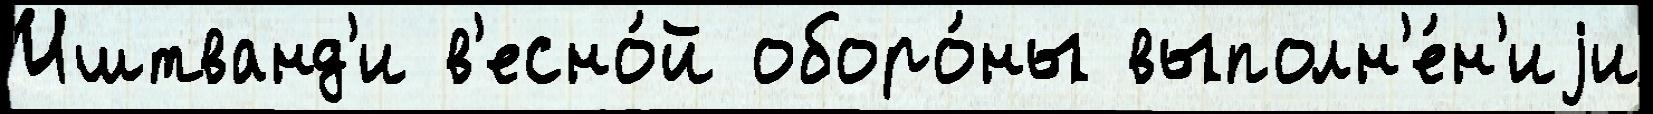
Иштванд'и в'есно́й оборо́ны выполн'е́н'иjи